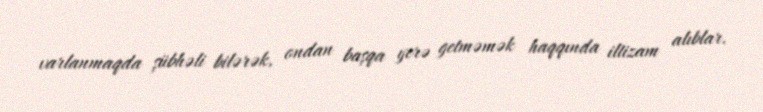
varlanmaqda şübhəli bilərək, ondan başqa yerə getməmək haqqında iltizam alıblar.